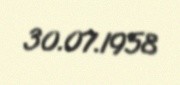
30.07.1958